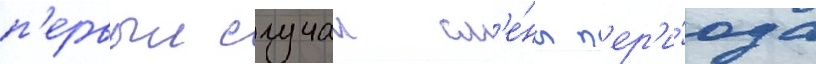
п'ервыи случаи см'е́ны п'ер'и́ода